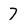
Character: 7